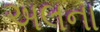
અલના